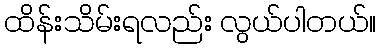
ထိန်းသိမ်းရလည်း လွယ်ပါတယ်။